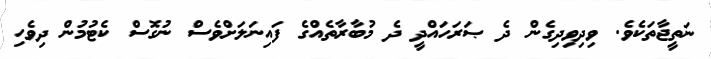
ނަތީޖާތަކެވެ. ވިދިވިދިގެން ދެ ޞަރަހައްދީ ދެ މުބާރާތެއްގެ ފައިނަލަށްވެސް ނުގޮސް ކެޓުމުން ދިވެހި